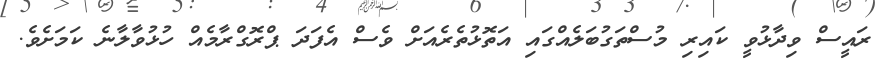
ރައީސް ވިދާޅުވީ ކައިރި މުސްތަގުބަލެއްގައި އަތޮޅުތެރެއަށް ވެސް އެފަދަ ޕްރޮގްރާމެއް ހުޅުވާލާނެ ކަމަށެވެ.